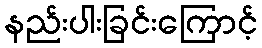
နည်းပါးခြင်းကြောင့်